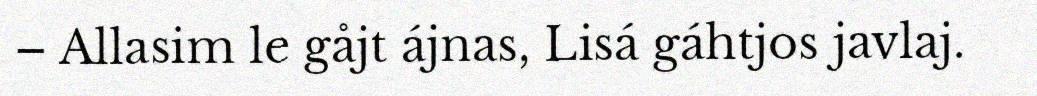
– Allasim le gåjt ájnas, Lisá gáhtjos javlaj.